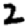
Digit: 2